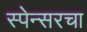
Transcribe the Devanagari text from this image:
स्पेन्सरचा